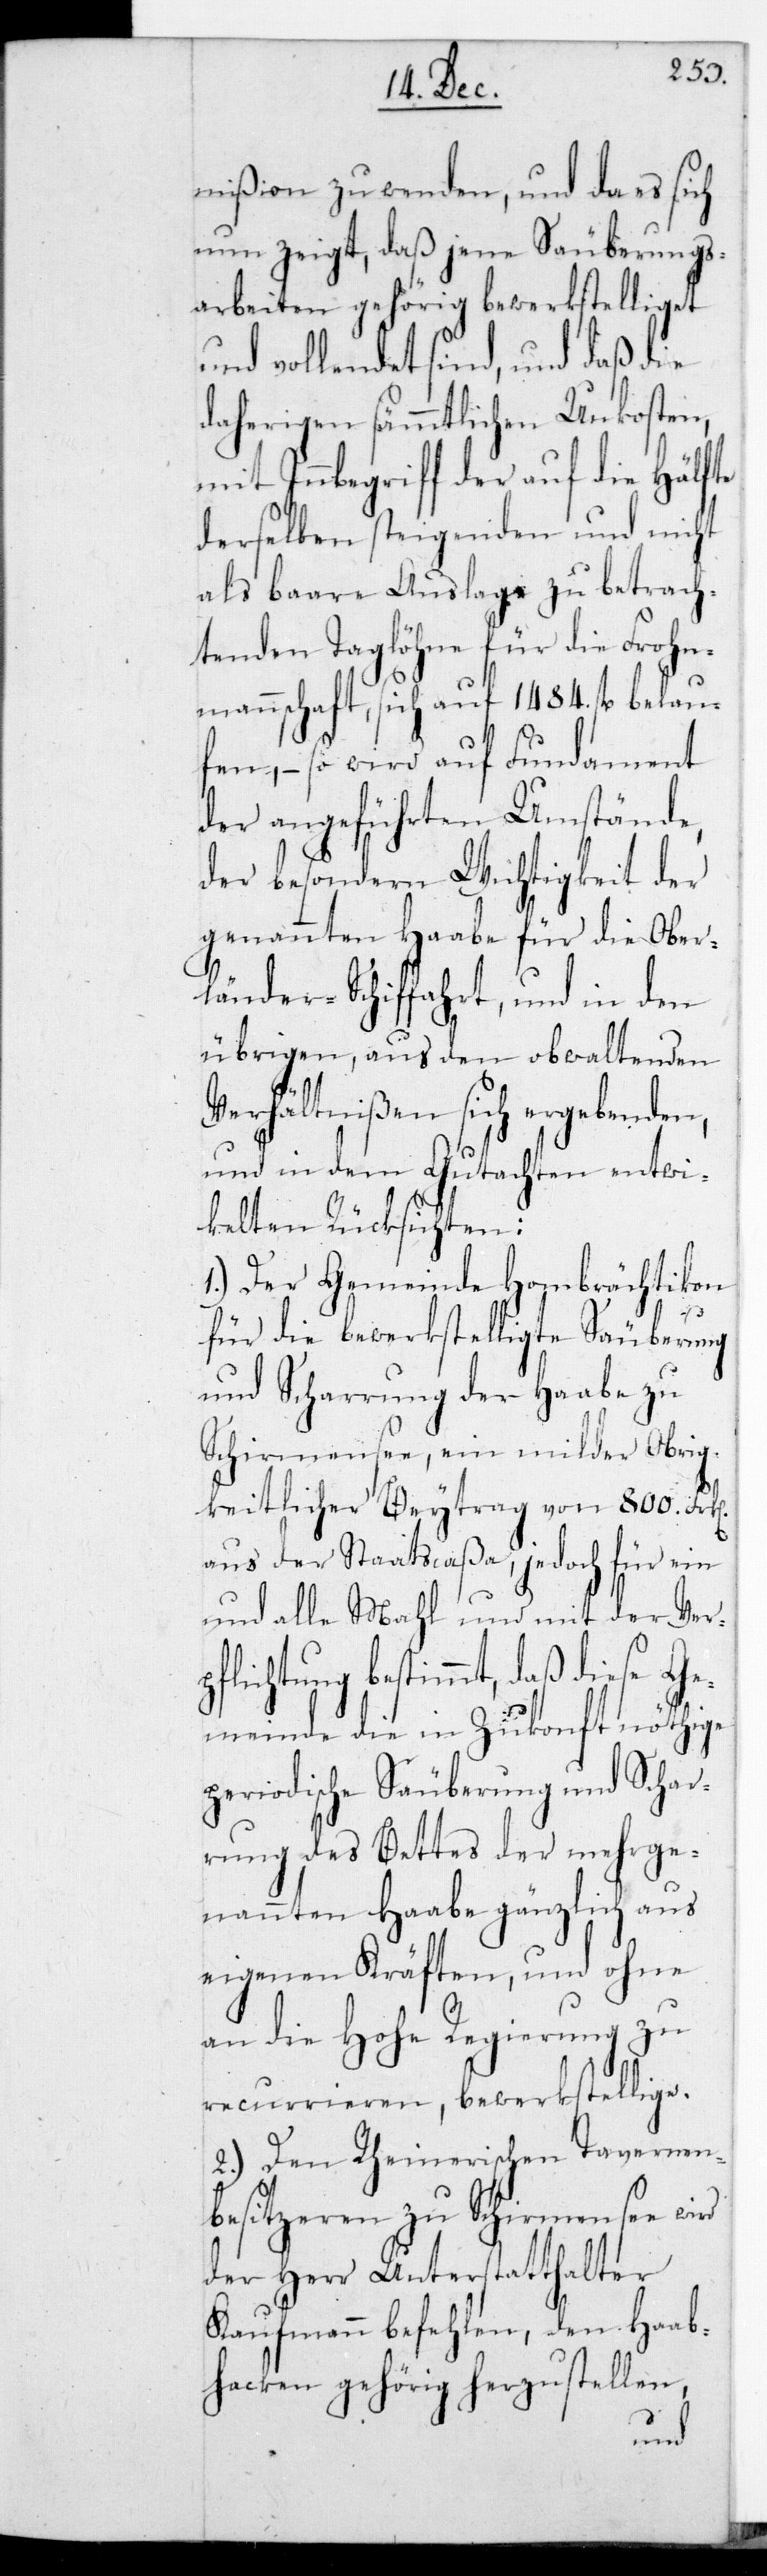
mißion zu wenden, und da es sich
nun zeigt, daß jene Säuberungs¬
arbeiten gehörig bewerkstelliget
und vollendet sind, und daß die
daherigen sämmtlichen Unkosten
mit Inbegriff der auf die Hälfte
derselben steigenden und nicht
als baare Auslage zu betrach¬
tenden Taglöhne für die Fron¬
mannschaft, sich auf 1484. fl. belau¬
fen, – so wird auf Fundament
der angeführten Umstände,
der besondern Wichtigkeit der
genannten Haabe für die Ober¬
länder-Schiffahrt, und in den
übrigen, aus den obwaltenden
Verhältnißen sich ergebenden,
und in dem Gutachten entwi¬
ckelten Rücksichten:
1.) Der Gemeinde Hombrächtikon
pf¬
für die bewerkstelligte Säuberung
und Scharrung der Haabe zu
Schirmensee, ein milder obrig¬
keitlicher Beitrag von 800. Fr¬
aus der Staatscaßa, jedoch für ein
und alle Mal und mit der Ver¬
lichtung bestimmt, daß diese
Gemeinde die in Zukonft nöthige
periodische Säuberung und Schar¬
rung des Bettes der mehrge¬
nannten Haabe gänzlich aus
eigenen Kräften, und ohne
an die Hohe Regierung zu
recurrieren, bewerkstellige.
2.) Den Rheinerischen Tavernen¬
besitzeren zu Schirmensee wird
der Herr Unterstatthalter
Kaufmann befehlen, den Haab¬
hacken gehörig herzustellen,
k[en]